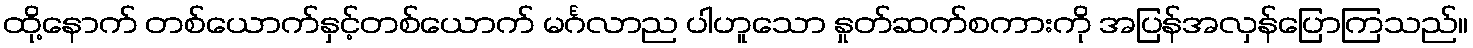
ထို့နောက် တစ်ယောက်နှင့်တစ်ယောက် မင်္ဂလာည ပါဟူသော နှုတ်ဆက်စကားကို အပြန်အလှန်ပြောကြသည်။